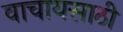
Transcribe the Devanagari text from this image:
वाचायसाठी